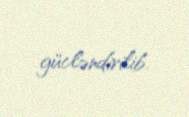
gücləndirilib.